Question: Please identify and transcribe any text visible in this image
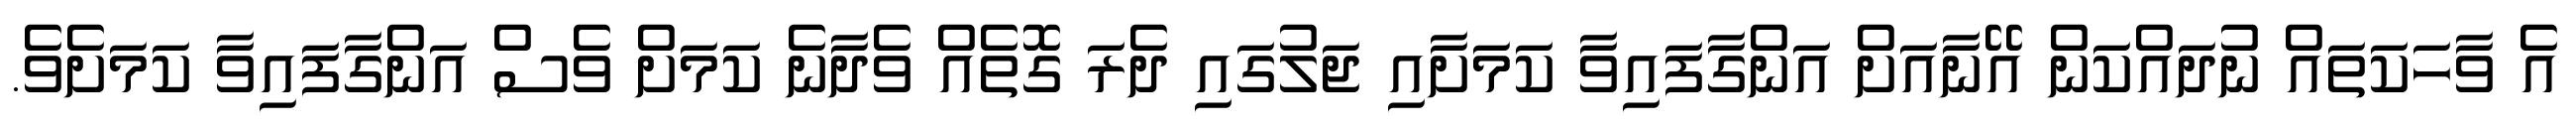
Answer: އެ ވާހަކަތައް ނުދައްކަން އޭނާއަށް އަންގާފައިވާ ކަމަށާއި ޖަލުގައި ދެރަ ގޮތެއް ވެދާނެ ކަމަށް ވެސް އަންގާފައިވާ ކަމަށެވެ.